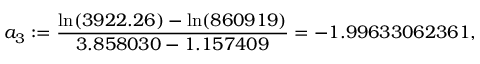
a _ { 3 } : = \frac { \ln ( 3 9 2 2 . 2 6 ) - \ln ( 8 6 0 9 1 9 ) } { 3 . 8 5 8 0 3 0 - 1 . 1 5 7 4 0 9 } = - 1 . 9 9 6 3 3 0 6 2 3 6 1 ,